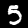
Label: 5